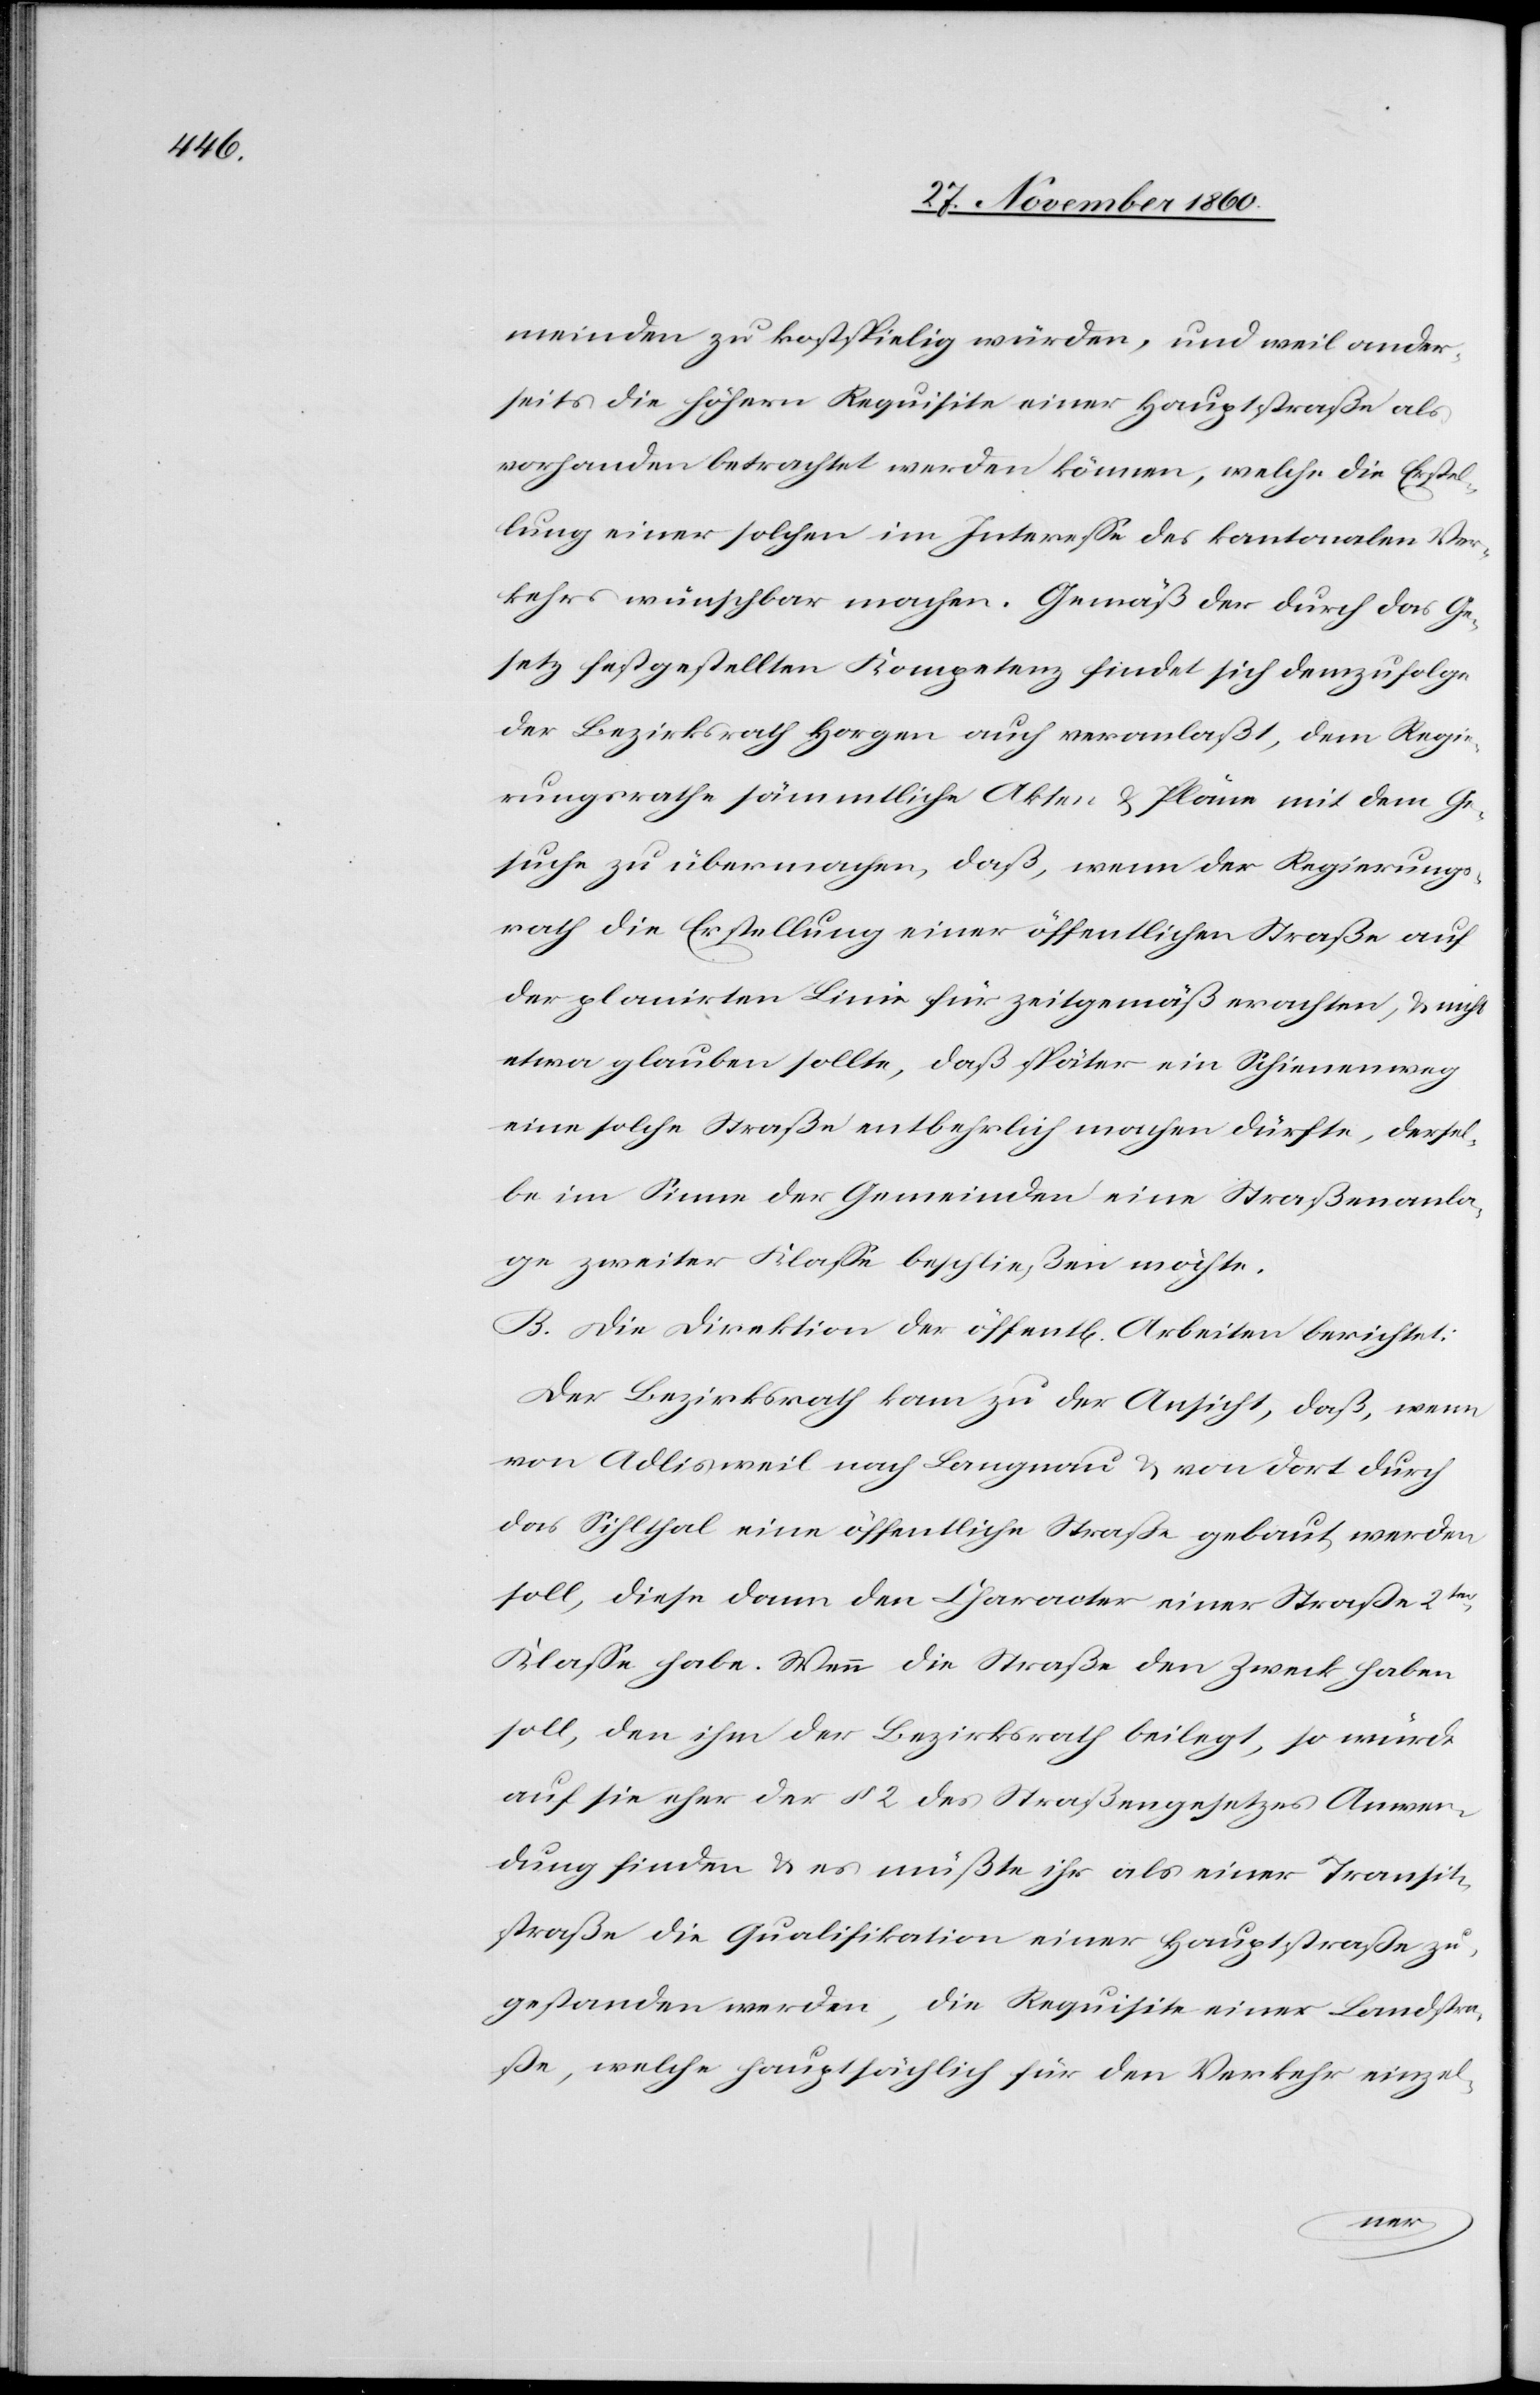
meinden zu kostspielig würden, und weil ander¬
seits die höhern Requisite einer Hauptstraße als
vorhanden betrachtet werden können, welche die Erstel¬
lung einer solchen im Interesse des kantonalen Ver¬
kehrs wünschbar machen. Gemäß der durch das Ge¬
setz festgestellten Kompetenz findet sich demzufolge
der Bezirksrath Horgen auch veranlaßt, dem Regie¬
rungsrathe sämmtliche Akten u. Pläne mit dem Ge¬
suche zu übermachen, daß, wenn der Regierungs¬
rath die Erstellung einer öffentlichen Straße auf
der planirten Linie für zeitgemäß erachten, um nicht
etwa glauben sollte, daß später ein Schienenweg
eine solche Straße entbehrlich mache dürfte, dersel¬
be im Sinne der Gemeinden eine Straßenanla¬
ge zweiter Klasse beschließen möchte.
B. Die Direktion der öffent[lichen] Arbeiten berichtet:
Der Bezirksrath kam zu der Ansicht, daß, wenn
von Adlisweil nach Langnau u. von dort durch
das Sihlthal eine öffentliche Straße gebaut werden
soll, diese dann den Character einer Straße 2ter
Klasse habe. Wenn die Straße den Zweck haben
soll, den ihm der Bezirksrath beilegt, so würde
auf sie eher der § 2 des Straßengesetzes Anwen¬
dung finden u. es müßte ihr als einer Transit¬
straße die Qualifikation einer Hauptstraße zu¬
gestanden werden, die Requisite einer Landstra¬
ße, welche hauptsächlich für den Verkehr einzel-